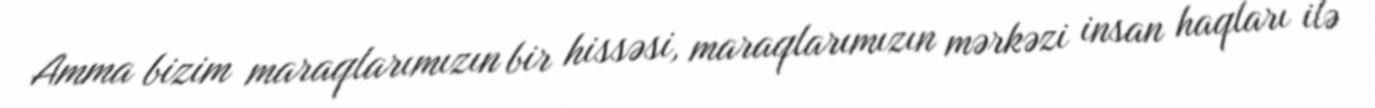
Amma bizim maraqlarımızın bir hissəsi, maraqlarımızın mərkəzi insan haqları ilə